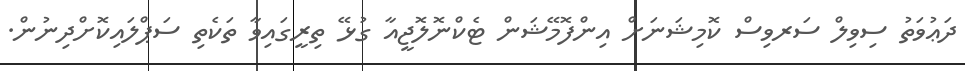
ދަޢުވަތު ސިވިލް ސަރވިސް ކޮމިޝަނަށް އިންފޮމޭޝަން ޓެކްނޮލޮޖީއާ ގުޅޭ ތިރީގައިވާ ތަކެތި ސަޕްލައިކޮށްދިނުން.